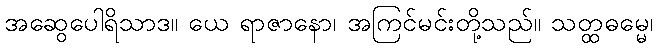
အဆွေပေါရိသာဒ။ ယေ ရာဇာနော၊ အကြင်မင်းတို့သည်။ သတ္ထဓမ္မေ၊